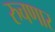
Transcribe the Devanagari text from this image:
रुचणार